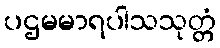
ပဌမမာရပါသသုတ္တံ